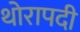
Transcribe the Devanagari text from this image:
थोरापदी